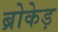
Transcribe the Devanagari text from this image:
ब्रोकेड़